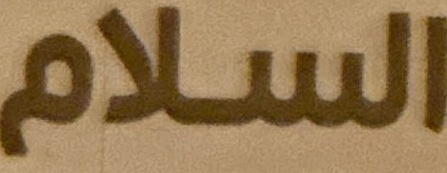
السام